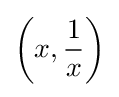
\left(x,{\frac {1}{x}}\right)